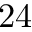
2 4